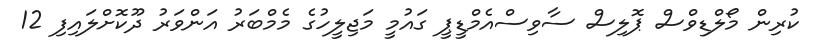
ކުރިން މޯލްޑިވްސް ޕޮލިސް ސާވިސްއެމްޑީޕީ ގައުމީ މަޖިލީހުގެ މެމްބަރު އަންވަރު ދޫކޮށްލައިފި 12